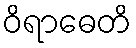
ဝိရာဓေတိ